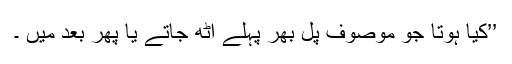
’’کیا ہوتا جو موصوف پل بھر پہلے اٹھ جاتے یا پھر بعد میں ۔